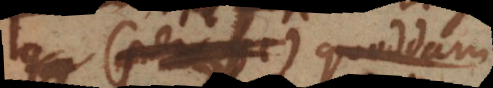
nam quoddam